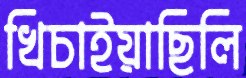
খিচাইয়াছিলি